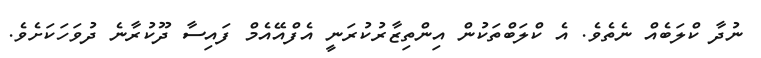
ނުދާ ކްލަބެއް ނެތެވެ. އެ ކްލަބްތަކުން އިންތިޒާރުކުރަނީ އެފްއޭއެމް ފައިސާ ދޫކުރާނެ ދުވަހަކަށެވެ.